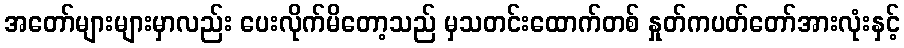
အတော်များများမှာလည်း ပေးလိုက်မိတော့သည် မှသတင်းထောက်တစ် နှုတ်ကပတ်တော်အားလုံးနှင့်